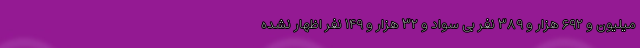
میلیون و ۶۹۲ هزار و ۳۸۹ نفر بی سواد و ۳۲ هزار و ۱۴۹ نفر اظهار نشده